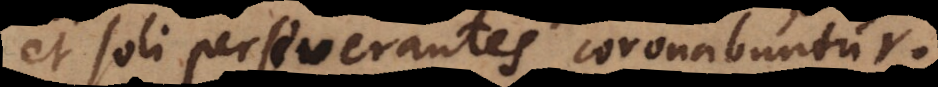
et soli perseverantes coronabuntur.